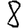
Digit: 8